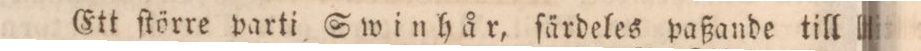
Ett ſtörre parti Swinhår, ſärdeles paßande till